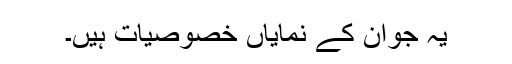
یہ جوان کے نمایاں خصوصیات ہیں۔